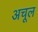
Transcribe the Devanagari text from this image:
अचूल